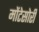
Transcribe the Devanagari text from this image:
मोंटेसोरी